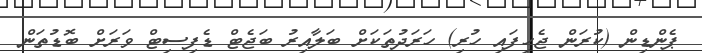
ޕެންޑިން (ކުރަން ޖެހިފައި ހުރި) ހަރަދުތަކަށް ބަލާއިރު ބަޖެޓް ޑެފިސިޓް ވަރަށް ބޮޑުތަން